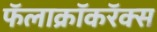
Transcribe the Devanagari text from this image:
फॅलाक्रॉकरॅक्स